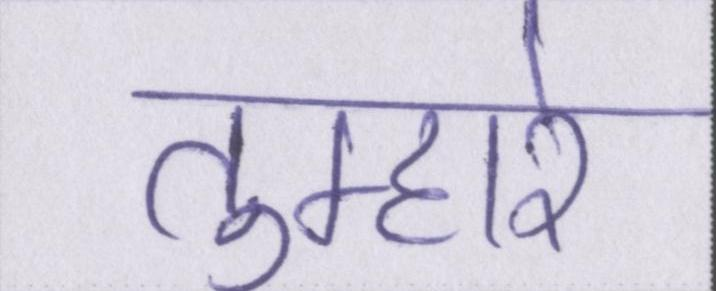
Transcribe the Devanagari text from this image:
तुम्हारे